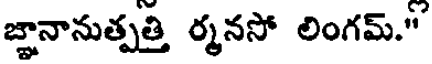
జ్ఞానానుత్పత్తి ర్మనసో లింగమ్."